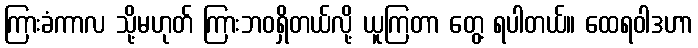
ကြားခံကာလ သို့မဟုတ် ကြားဘဝရှိတယ်လို့ ယူကြတာ တွေ့ ရပါတယ်။ ထေရဝါဒဟာ